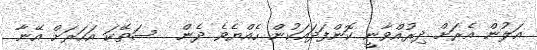
އަލުން އެރަށް ދިރުއްވާނީ ކޮންފަދައަކުން ހެއްޔެވެ ދެން  ސަތޭކަ އަހަރަށް އޭނާ